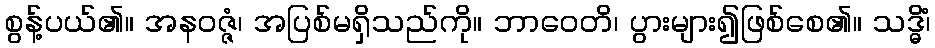
စွန့်ပယ်၏။ အနဝဇ္ဇံ၊ အပြစ်မရှိသည်ကို။ ဘာဝေတိ၊ ပွားများ၍ဖြစ်စေ၏။ သဒ္ဓိံ၊